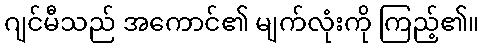
ဂျင်မီသည် အကောင်၏ မျက်လုံးကို ကြည့်၏။